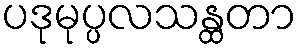
ပဒုမုပ္ပလသန္ထတာ